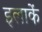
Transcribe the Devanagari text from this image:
इलाकें